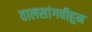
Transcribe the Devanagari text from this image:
वालसांगवीहून